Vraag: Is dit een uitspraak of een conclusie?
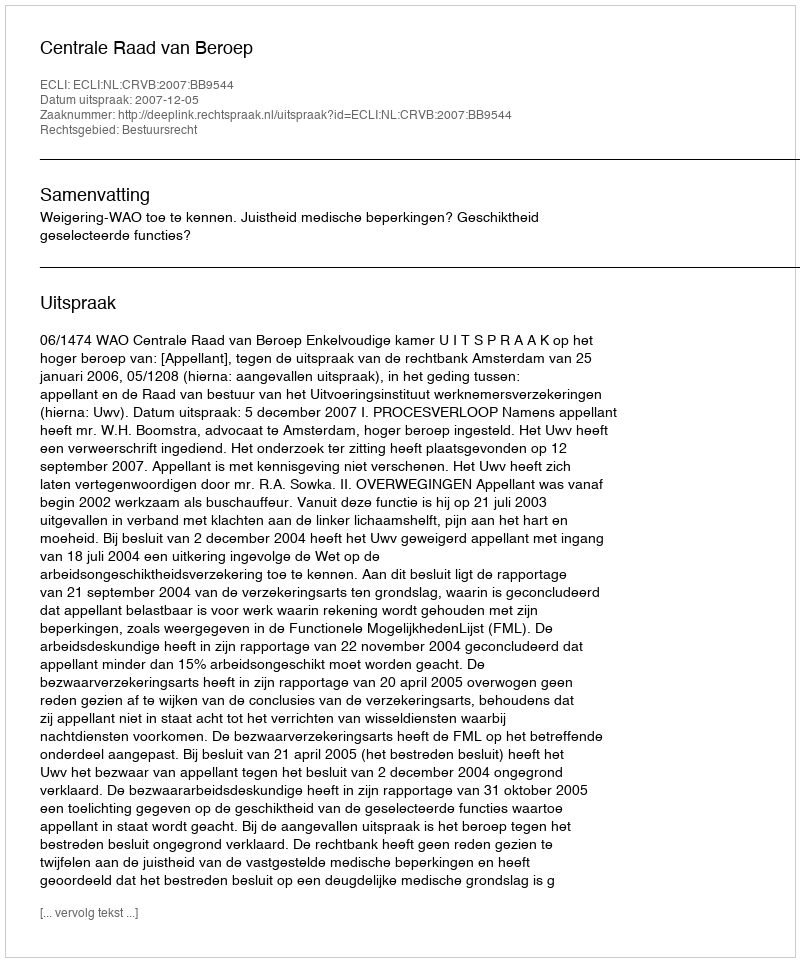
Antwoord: Uitspraak